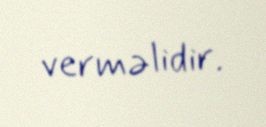
verməlidir.